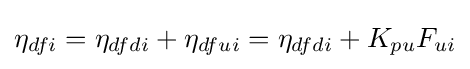
\eta _{dfi}=\eta _{dfdi}+\eta _{dfui}=\eta _{dfdi}+K_{pu}F_{ui}